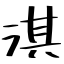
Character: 淇